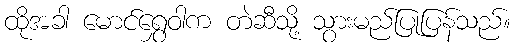
ထိုအခါ မောင်ရွှေဝါက တဲဆီသို့ သွားမည်ပြုပြန်သည်။